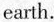
earth.